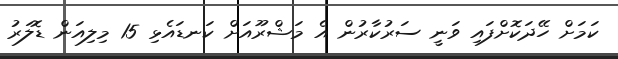
ކަމަށް ހޭދަކޮށްފައި ވަނީ ސަރުކާރުން އެ މަޝްރޫއަށް ކަނޑައެޅި 15 މިލިއަން ޑޮލަރު